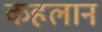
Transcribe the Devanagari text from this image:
कहलान